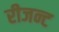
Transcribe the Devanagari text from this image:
रीजन्ट